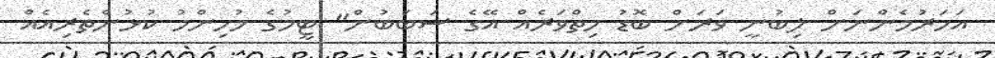
އަހަރުމެންނަށް ލިބުނީ ވަރަށް ބޮޑު ހިތްވަރެއް އޭގެ ސަބަބުން" ޓީމުގެ މުހިންމު ކުޅުންތެރިއެއް